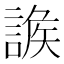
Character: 𧩩